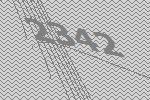
2342